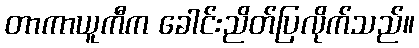
တာကာယူကီက ခေါင်းညိတ်ပြလိုက်သည်။